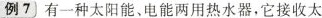
例7有一种太阳能、电能两用热水器，它接收太